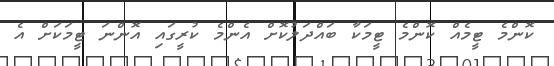
ކޮންމެ ޓީމެއް ކޮންމެ ޓީމަކާ ބައްދަލުކޮށް އެންމެ ކުރީގައި އޮންނަ ޓީމަކަށް އެ